Indian journal of veterinary science and animal husbandry - Volume 4,
Year: 1934
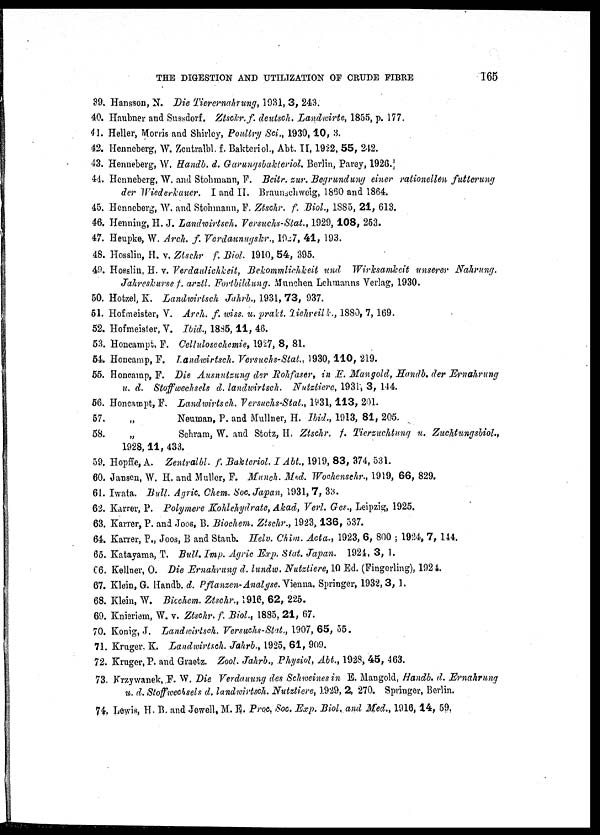
THE DIGESTION AND UTILIZATION OF CRUDE FIBRE
165
39. Hansson, N. Die Tierernahrung, 1931, 3, 243.
40. Haubner and Sussdorf. Ztsckr. f. deutsch. Landwirte, 1855, p. 177.
41. Heller, Morris and Shirley, Poultry Sci., 1930, 10, 3.
42. Henneberg, W. Zentralbl f. Bakteriol., Abt. II, 1922, 55, 242.
43. Henneberg, W. Handb. d. Garungsbakteriol. Berlin, Parey, 1926.
44. Henneberg, W. and Stohmann, F. Beitr. zur. Begrundung einer rationellen futterung
der Wiederkauer. I and II. Braunschweig, 1860 and 1864.
45. Henneberg, W. and Stohmann, F. Ztschr. f. Biol., 1885, 21, 613.
46. Henning, H. J. Landwirtsch. Versuchs-Stat., 1929, 108, 253.
47. Heupke, W. Arch. f. Verdaunugskr., 1927, 41, 193.
48. Hosslin, H. v. Ztschr f. Biol. 1910, 54, 395.
49. Hosslin, H. v. Verdaulichkeit, Bekommlichkeit und Wirksamkeit unserer Nahrung.
Jahreskarse f. arztl. Fortbildung. Munchen Lehmanns Verlag, 1930.
50. Hotzel, K. Landwirtsch Jahrb., 1931, 73, 937.
51. Hofmeister, V. Arch. f. wiss. u. prakt. Tiehreilk., 1880, 7, 169.
52. Hofmeister, V. Ibid., 1885, 11, 46.
53. Honcampt, F. Cellulosechemie, 1927, 8, 81.
54. Honcamp, F. Landwirtsch. Versuchs-Stat., 1930, 110, 219.
55. Honcamp, F. Die Ausnutzung der Rohfaser, in E. Mangold, Handb. der Ernahrung
u. d. Stoffwechsels d. landwirtsch. Nutztiere, 1931, 3, 144.
56. Honcampt, F. Landwirtsch. Versuchs-Stat., 1931, 113, 201.
57.
„
Neuman, P. and Mullner, H. Ibid., 1913, 81, 205.
58.
„
Schram, W. and Stotz, H. Ztschr. f. Tierzuchtung u. Zuchtungsbiol.,
1928, 11, 433.
59. Hopffe, A. Zentralbl. f. Bakteriol. I Abt., 1919, 83, 374, 531.
60. Jansen, W. H. and Muller, F. Munch. Med. Wochenschr., 1919, 66, 829.
61. Iwata. Bull. Agric. Chem. Soc. Japan, 1931, 7, 33.
62. Karrer, P. Polymere Kohlehydrate, Akad, Verl. Ges., Leipzig, 1925.
63. Karrer, P. and Joos, B. Biochem. Ztschr., 1923, 136, 537.
64. Karrer, P., Joos, B and Staub. Helv. Chim. Acta., 1923, 6, 800 ; 1924, 7, 144.
65. Katayama, T. Bull. Imp. Agric Exp. Stat. Japan. 1924, 3, 1.
66. Kellner, O. Die Ernahrung d. lundw. Nutztiere, 10 Ed. (Fingerling), 1924.
67. Klein, G. Handb. d. Pflanzen-Analyse. Vienna. Springer, 1932, 3, 1.
68. Klein, W. Biochem. Ztschr., 1916, 62, 225.
69. Knieriem, W. v. Ztschr. f. Biol., 1885, 21, 67.
70. Konig, J. Landwirtsch. Versuchs-Stat., 1907, 65, 55.
71. Kruger. K. Landwirtsch. Jahrb., 1925, 61, 909.
72. Kruger, P. and Graetz. Zool. Jahrb., Physiol, Abt., 1928, 45, 463.
73. Krzywanek, F. W. Die Verdauung des Schweines in E. Mangold, Handb. d. Ernahrung
u. d. Stoffwechsels d. landwirtsch. Nutztiere, 1929, 2, 270. Springer, Berlin.
74. Lewis, H. B. and Jewell, M. E. Proc, Soc. Exp. Biol. and Med., 1916, 14, 59.